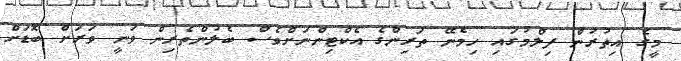
މީގެ އިތުރުން ފިލްމުގައި ހިމެނޭ ތަރިންގެ އެކްޓިންނަށްވެސް ބެލުންތެރިން ވަނީ ވަރަށް ބޮޑަށް